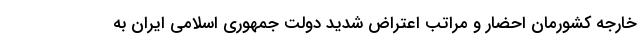
خارجه کشورمان احضار و مراتب اعتراض شدید دولت جمهوری اسلامی ایران به